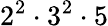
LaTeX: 2^{2}\cdot 3^{2}\cdot 5